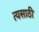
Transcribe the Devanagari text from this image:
त्यसाठी